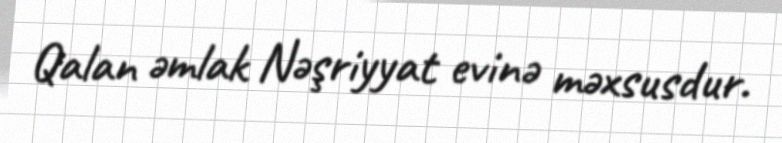
Qalan əmlak Nəşriyyat evinə məxsusdur.